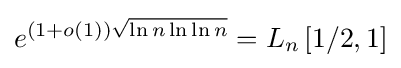
e^{(1+o(1)){\sqrt {\ln n\ln \ln n}}}=L_{n}\left[1/2,1\right]